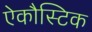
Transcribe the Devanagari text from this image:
ऐकौस्टिक